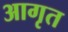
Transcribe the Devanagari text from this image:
आगृत